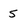
Character: 5